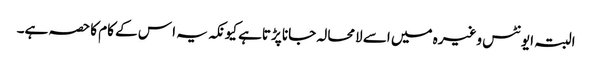
البتہ ایونٹس وغیرہ میں اسے لامحالہ جانا پڑتاہے کیونکہ یہ ا س کے کام کا حصہ ہے۔